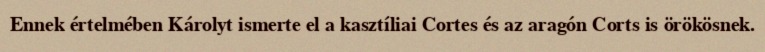
Ennek értelmében Károlyt ismerte el a kasztíliai Cortes és az aragón Corts is örökösnek.